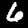
Digit: 6